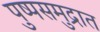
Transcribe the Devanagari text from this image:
पुष्पसमुद्रात